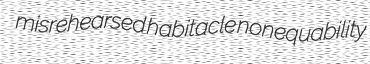
misrehearsed habitacle nonequability